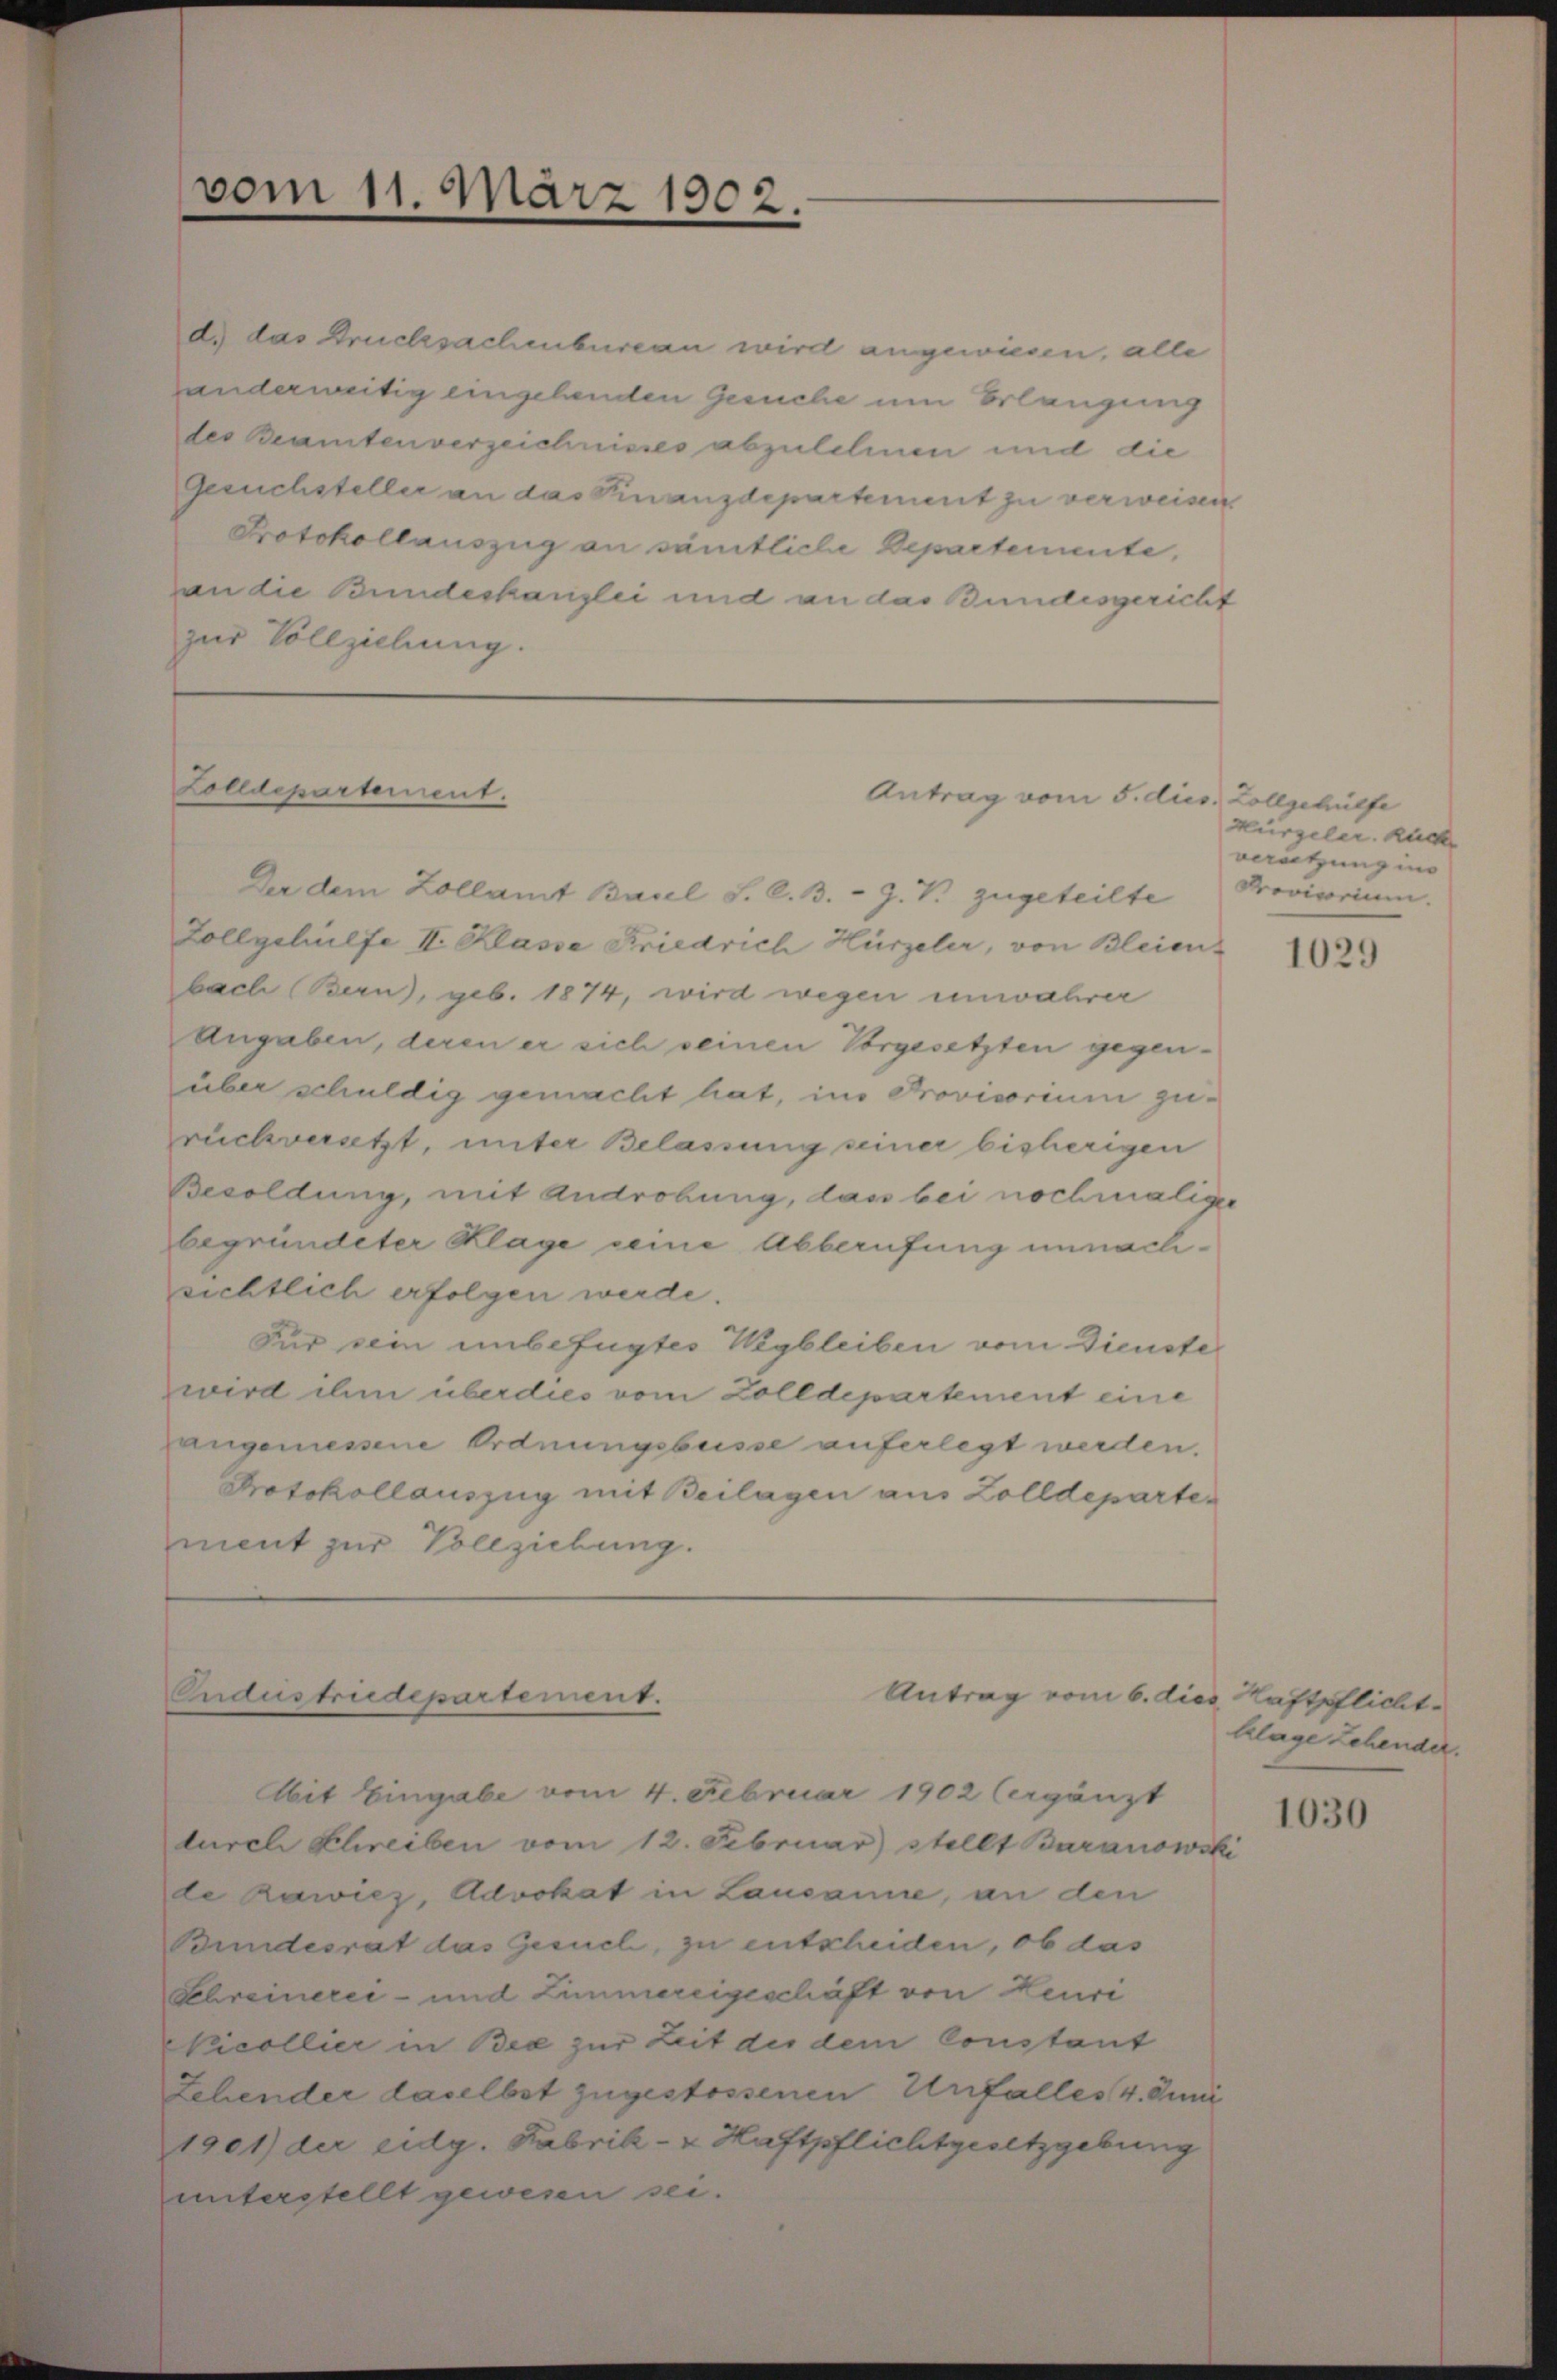
d) das Drucksachenbureau wird angewiesen, alle
anderweitig eingehenden Gesuche um Erlangung
des kramtenverzeichnisses abzulehnen und die
Gesuchsteller an das Kinanzdepartement zu verweisen
Protokollauszug an sämtliche Departemente,
van die Bundeskanzlei und an das Bundesgericht
zur Vollziehung.

vom 11. März 1902.

Lolldepartement.

Der dem Zollamt Basel S. C. B. - Z. V. zugeteilte Provisorium.
Zollgehülfe II. Klasse Friedrich Hirzeler, von Bleienbach Bern, geb. 1874, wird wegen unwahrer
angaben, deren er sich seinen Vorgesetzten gegenüber schuldig gemacht hat, in Provisorium zurückversetzt, unter Belassung seiner bisherigen
Besoldung, mit Androhung, das bei nochmaliger
begründeter Klage seine Abberufung unnachrichtlich erfolgen werde.
Für sein unbefügtes Wegbleiben vom Dienste
wird ihm überdies vom Zolldepartement eine
Langemessene Ordnungsbeisse auferlegt werden.
Protokollauszug mit Beilagen aus Zolldepartement zur Vollziehung.

Ondustriedepartement.

Abit Eingabe vom 4. Februar 1902 Cergänzt
turch Schreiben vom 12. Februar) stellt Baranowski
de hawiez, Advokat in Lausanne, an den
Bundesrat das Gesuch, zu entscheiden, ob das
Schreinerei- und Zimmereigeschäft von Heure
Nicollier in Bee zur Zeit der dem Constant
Zehender daselbst zugestossenen Unfalles 4. Juni
1901) der eidg. Fabrik- & Haftpflichtgesetzgebung
unterstellt gewesen sei.

Antrag vom 5. dies Zollgehülfe

Antrag vom 6. dies Haftpflicht

Hürgeler. Ruck
Berückung ins

1029

klage Lehender.

1030